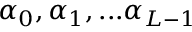
\alpha _ { 0 } , \alpha _ { 1 } , . . . \alpha _ { L - 1 }